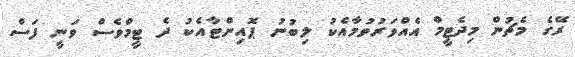
ރޭގެ މެޗުން މިދެޓީމް އެއްވަރުވުމާއެކު ލިބުނު ޕޮއިންޓާއެކު ދެ ޓީމްވެސް ވަނީ ފަސް